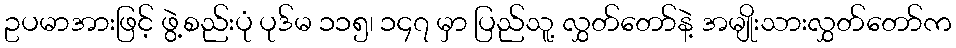
ဥပမာအားဖြင့် ဖွဲ့စည်းပုံ ပုဒ်မ ၁၁၅၊ ၁၄၇ မှာ ပြည်သူ့ လွှတ်တော်နဲ့ အမျိုးသားလွှတ်တော်က